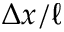
\Delta x / \ell